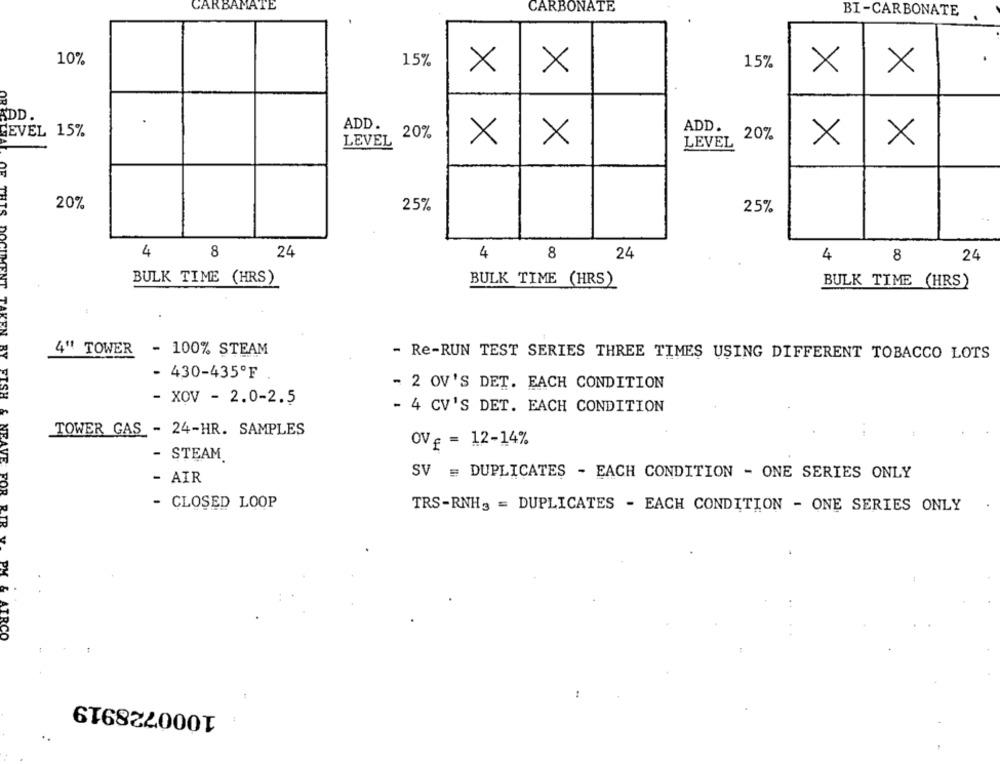
CARBAMATE
CARBONATE
BI-CARBONATE
10%
15%
X
X
15%
X
X
ADD.
ADD.
GEVEL 15%
20%
ADD.
20%
LEVEL
X
X
LEVEL
X
X
20%
25%
25%
4
8
24
4
8
24
4
8
24
BULK TIME (HRS)
BULK TIME (HRS)
BULK TIME (HRS)
4" TOWER
- 100% STEAM
HSIS
BY
- Re-RUN TEST SERIES THREE TIMES USING DIFFERENT TOBACCO LOTS
- 430-435ºF
- 2 OV'S DET. EACH CONDITION
- XOV - 2.0-2.5
- 4 CV'S DET. EACH CONDITION
TOWER GAS - 24-HR. SAMPLES
OV = = 12-14%
NEAVE
- STEAM.
- AIR
SV = DUPLICATES - EACH CONDITION - ONE SERIES ONLY
- CLOSED LOOP
TRS-RNHg = DUPLICATES - EACH CONDITION - ONE SERIES ONLY
2TR
PM
1000728919